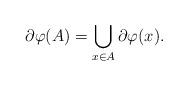
LaTeX: \begin{align*} \partial \varphi(A) = \bigcup_{x \in A} \partial \varphi(x).\end{align*}